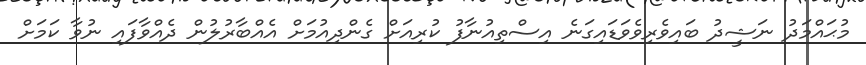
މުޙައްމަދު ނަޝީދު ބައިވެރިވެވަޑައިގަނެ އިސްތިއުނާފު ކުރިއަށް ގެންދިއުމަށް އެއްބާރުލުން ދެއްވާފައި ނުވާ ކަމަށް